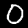
Digit: 0